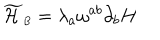
LaTeX: { \widetilde { \cal H } } _ { \scriptscriptstyle B } = \lambda _ { a } \omega ^ { a b } \partial _ { b } H